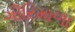
ગીરિમાળા